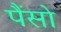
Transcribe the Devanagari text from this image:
पैंसो